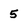
Character: 5